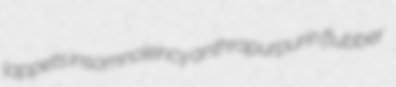
lappets insomnolency anthrapurpurin flubber